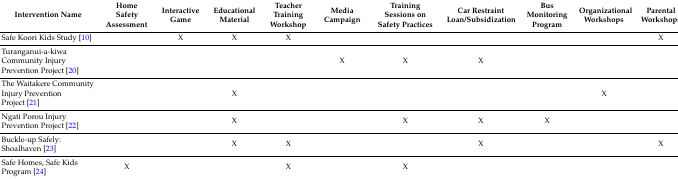
<table><thead><tr><td><b>Intervention Name</b></td><td><b>Home Safety Assessment</b></td><td><b>Interactive Game</b></td><td><b>Educational Material</b></td><td><b>Teacher Training Workshop</b></td><td><b>Media Campaign</b></td><td><b>Training Sessions on Safety Practices</b></td><td><b>Car Restraint Loan/Subsidization</b></td><td><b>Bus Monitoring Program</b></td><td><b>Organizational Workshops</b></td><td><b>Parental Workshops</b></td></tr></thead><tbody><tr><td>Safe Koori Kids Study [10]</td><td></td><td>X</td><td>X</td><td>X</td><td></td><td></td><td></td><td></td><td></td><td>X</td></tr><tr><td>Turanganui-a-kiwa Community Injury Prevention Project [20]</td><td></td><td></td><td></td><td></td><td>X</td><td>X</td><td>X</td><td></td><td></td><td></td></tr><tr><td>The Waitakere Community Injury Prevention Project [21]</td><td></td><td></td><td>X</td><td></td><td></td><td></td><td></td><td></td><td>X</td><td></td></tr><tr><td>Ngati Porou Injury Prevention Project [22]</td><td></td><td></td><td>X</td><td></td><td></td><td>X</td><td>X</td><td>X</td><td></td><td></td></tr><tr><td>Buckle-up Safely: Shoalhaven [23]</td><td></td><td></td><td>X</td><td>X</td><td></td><td></td><td>X</td><td></td><td></td><td>X</td></tr><tr><td>Safe Homes, Safe Kids Program [24]</td><td>X</td><td></td><td></td><td>X</td><td></td><td>X</td><td></td><td></td><td></td><td></td></tr></tbody></table>